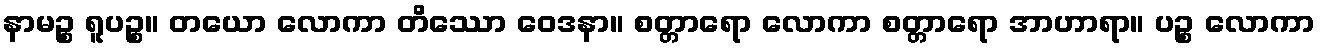
နာမဉ္စ ရူပဉ္စ။ တယော လောကာ တိဿော ဝေဒနာ။ စတ္တာရော လောကာ စတ္တာရော အာဟာရာ။ ပဉ္စ လောကာ